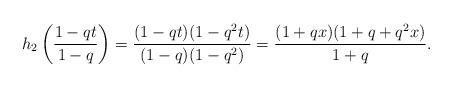
LaTeX: \begin{align*}h_2\left(\frac{1-qt}{1-q}\right)=\frac{(1-qt)(1-q^2t)}{(1-q)(1-q^2)}=\frac{(1+qx)(1+q+q^2x)}{1+q}.\end{align*}